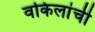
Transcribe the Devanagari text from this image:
वकिलांची